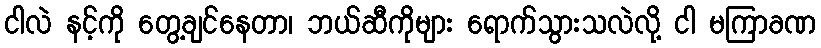
ငါလဲ နင့်ကို တွေ့ချင်နေတာ၊ ဘယ်ဆီကိုများ ရောက်သွားသလဲလို့ ငါ မကြာခဏ